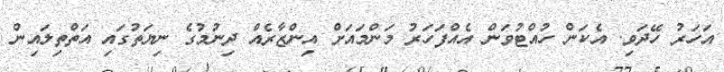
އަހަރު ހޭދަވި. އެކަން ހުއްޓުވަން އެއްފަހަރު މަންމައަށް އިންޒާރެއް ދިނުމުގެ ނިޔަތުގައި އަތްތިލައިން